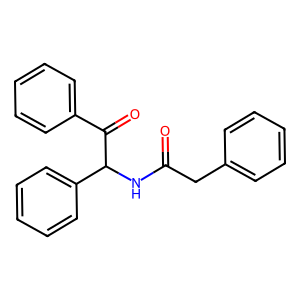
SMILES: O=C(Cc1ccccc1)NC(C(=O)c1ccccc1)c1ccccc1
Inhibits HIV replication: No